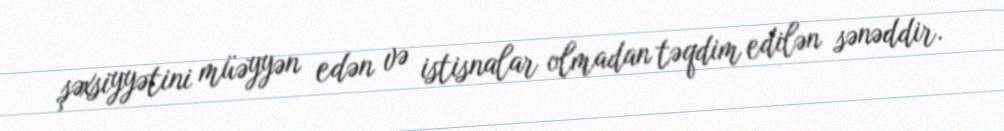
şəxsiyyətini müəyyən edən və istisnalar olmadan təqdim edilən sənəddir.